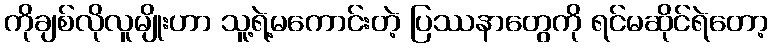
ကိုချစ်လိုလူမျိုးဟာ သူ့ရဲ့မကောင်းတဲ့ ပြဿနာတွေကို ရင်မဆိုင်ရဲတော့